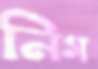
নিগ